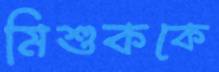
মিশুককে